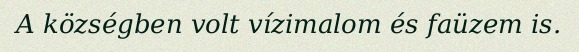
A községben volt vízimalom és faüzem is.